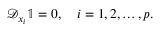
\mathcal { D } _ { x _ { i } } \mathbb { 1 } = 0 , \quad i = 1 , 2 , \ldots , p .